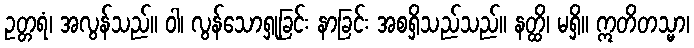
ဥတ္တရံ၊ အလွန်သည်။ ဝါ၊ လွန်သောရှုခြင်း နာခြင်း အစရှိသည်သည်။ နတ္ထိ၊ မရှိ။ ဣတိတသ္မာ၊